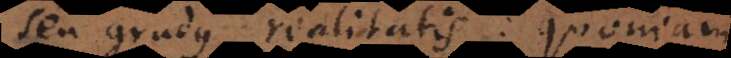
seu gradus realitatis: quoniam